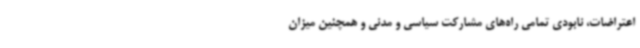
اعتراضات، نابودی تمامی راه‌های مشارکت سیاسی و مدنی و همچنین میزان